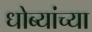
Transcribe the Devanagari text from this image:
धोब्यांच्या